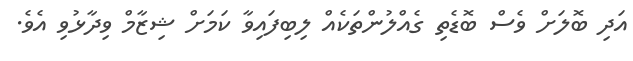
އަދި ބޮލަށް ވެސް ބޮޑެތި ގެއްލުންތަކެއް ލިބިފައިވާ ކަމަށް ޝިޒާމް ވިދާޅުވި އެވެ.